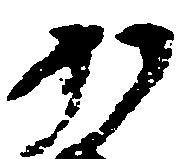
か